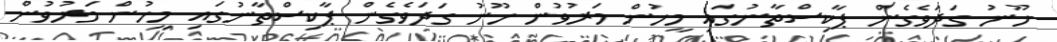
ހޫނު ގަދަވެގެން ޕާކިސްތާނުގައި މީހުން މަރުވުން ހޫނު ގަދަވެގެން ޕާކިސްތާނުގައި މީހުން މަރުވުން